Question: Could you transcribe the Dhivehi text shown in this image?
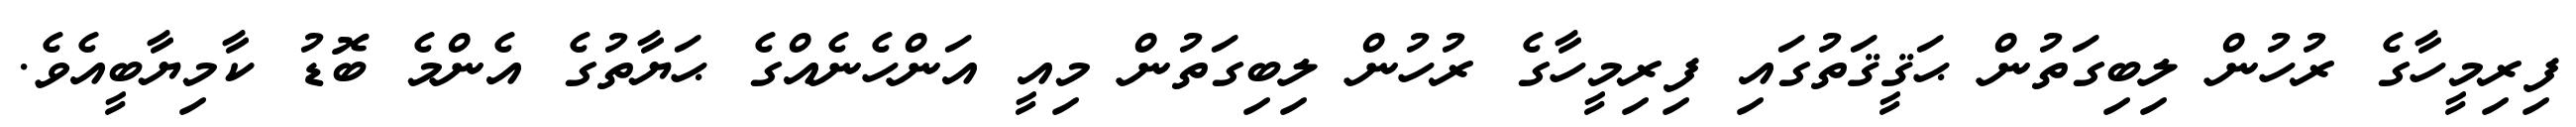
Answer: ފިރިމީހާގެ ރުހުން ލިބިގަތުން ޙަޤީޤަތުގައި ފިރިމީހާގެ ރުހުން ލިބިގަތުން މިއީ އަންހެނެއްގެ ޙަޔާތުގެ އެންމެ ބޮޑު ކާމިޔާބީއެވެ.